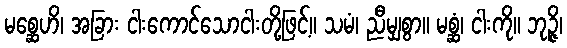
မစ္ဆေဟိ၊ အခြား ငါးကောင်သောငါးတို့ဖြင့်။ သမံ၊ ညီမျှစွာ။ မစ္ဆံ၊ ငါးကို။ ဘုဉ္ဇိ၊